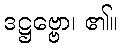
ဒဋ္ဌဗ္ဗော၊ ၏။